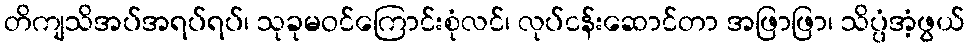
တိကျသိအပ်အရပ်ရပ်၊ သုခုမဝင်ကြောင်းစုံလင်၊ လုပ်ငန်းဆောင်တာ အဖြာဖြာ၊ သိပ္ပံအံ့ဖွယ်